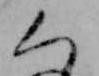
ち